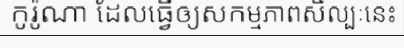
កូរ៉ូណា ដែលធ្វើឲ្យសកម្មភាពសិល្បៈនេះ